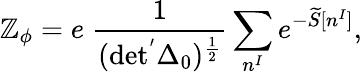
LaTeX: \mathbb{Z}_{\phi}=e\; \frac{{1}}{{(\mathrm{{det^{'}\Delta_{0})^{\frac{{1}}{{2}}}}}}}\sum_{n^{I}}e^{-\widetilde{{S}}[n^{I}]},